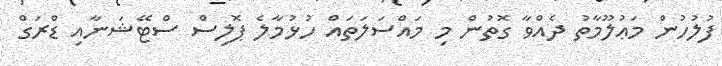
ފުލުހުން މަޢުލޫމާތު ދެއްވާ ގޮތުން މި މައްސަލަތައް ހުޅުމާލެ ޕޮލިސް ސްޓޭޝަނާއި ޑްރަގް